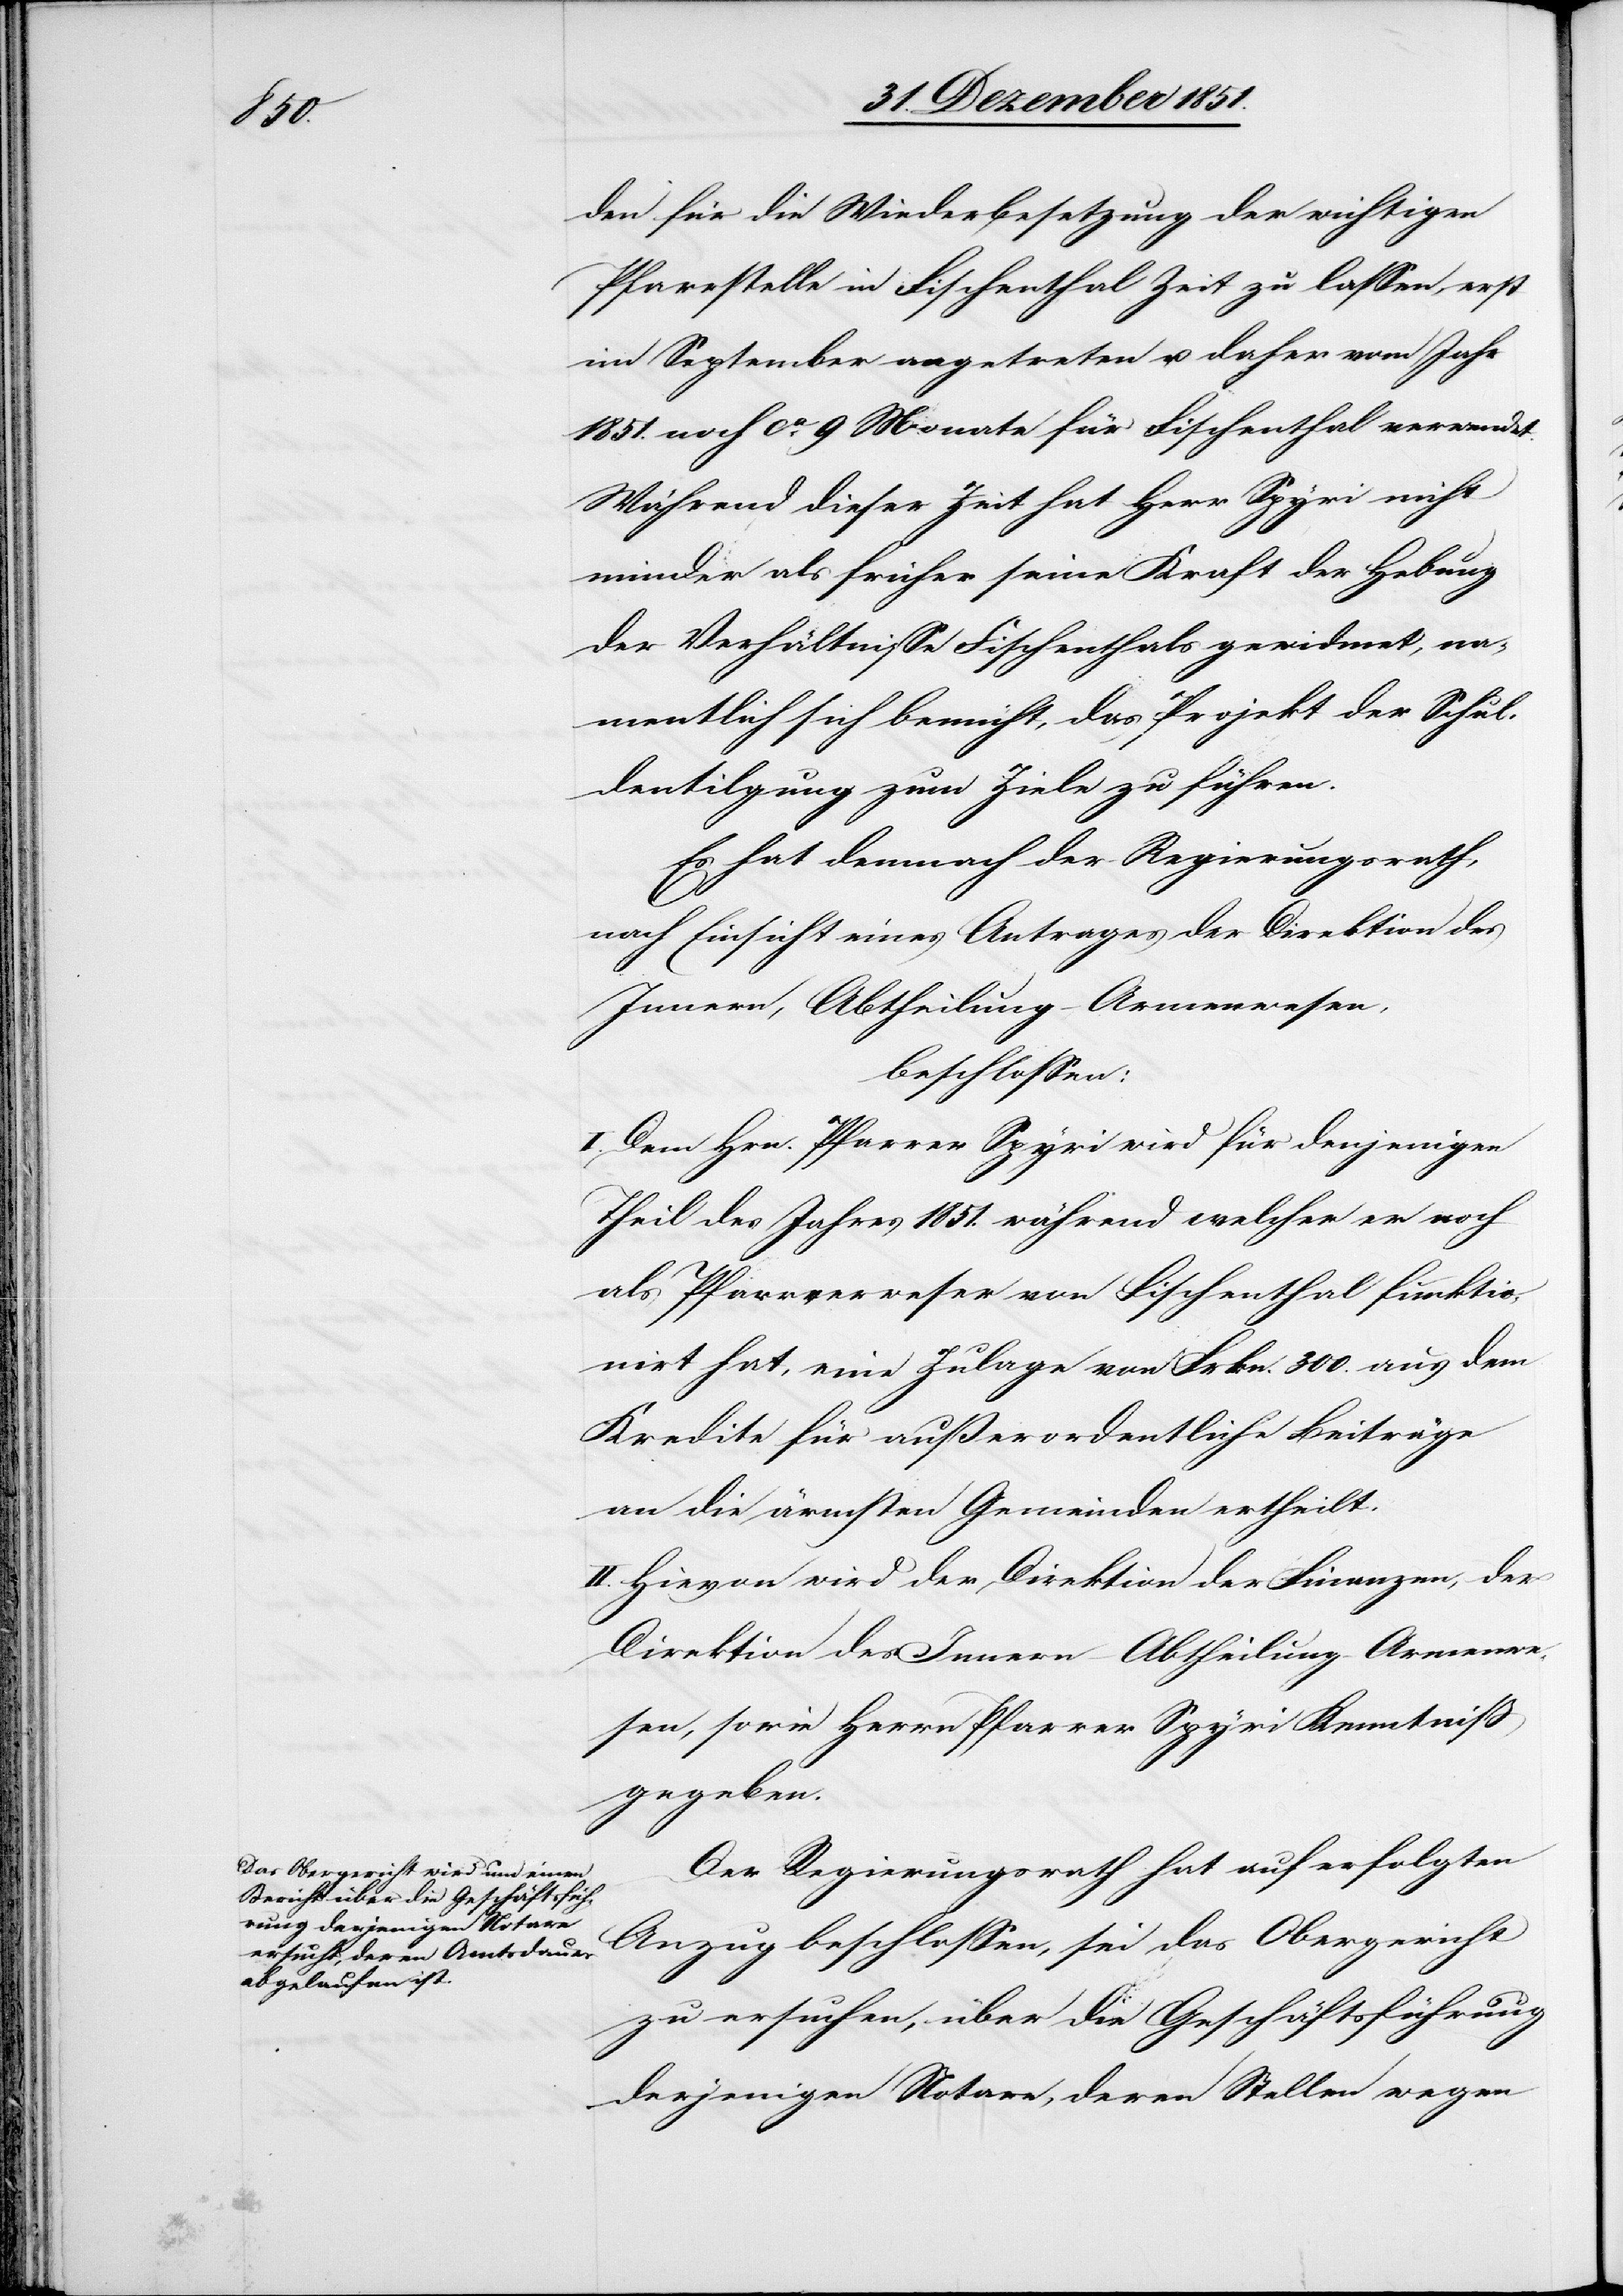
den für die Wiederbesetzung der wichtigen
Pfarrstelle in Fischenthal Zeit zu lassen, erst
im September angetreten u. daher vom Jahr
1851. noch ca. 9 Monate für Fischenthal verwendet.
Während dieser Zeit hat Herr Spyri nicht
minder als früher seine Kraft der Hebung
der Verhältnisse Fischenthals gewidmet, na¬
mentlich sich bemüht, das Projekt der Schul¬
dentilgung zum Ziele zu führen.
Es hat demnach der Regierungsrath,
nach Einsicht eines Antrages der Direktion des
Innern, Abtheilung – Armenwesen,
beschlossen:
I. Dem Hrn. Pfarrer Spyri wird für denjenigen
Theil des Jahres 1851. während welcher [sic!] er noch
als Pfarrverweser von Fischenthal funktio¬
nirt hat, eine Zulage von Frkn. 300. aus dem
Kredite für außerordentliche Beiträge
an die ärmsten Gemeinden ertheilt.
II. Hievon wird der Direktion der Finanzen, der
Direktion des Innern – Abtheilung Armenwe¬
sen, sowie Herrn Pfarrer Spyri Kenntniß
gegeben.
Der Regierungsrath hat auf erfolgten
Anzug beschlossen, sei das Obergericht
zu ersuchen, über die Geschäftsführung
derjenigen Notare, deren Stellen wegen